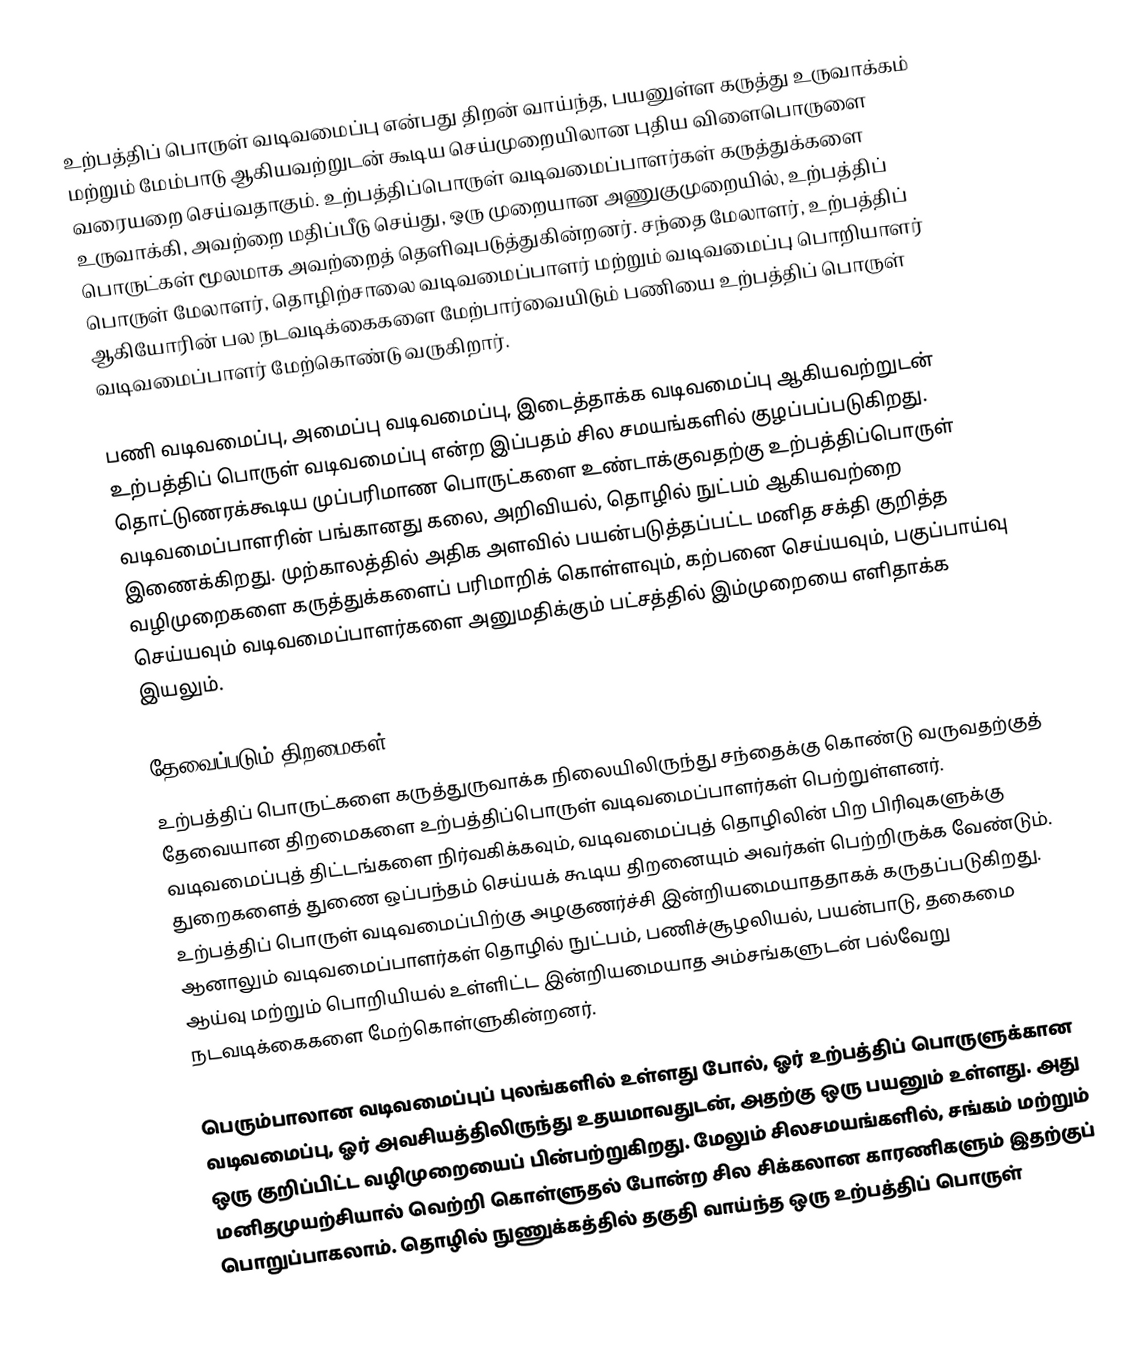
உற்பத்திப் பொருள் வடிவமைப்பு என்பது திறன் வாய்ந்த, பயனுள்ள கருத்து உருவாக்கம் மற்றும் மேம்பாடு ஆகியவற்றுடன் கூடிய செய்முறையிலான புதிய விளைபொருளை வரையறை செய்வதாகும். உற்பத்திப்பொருள் வடிவமைப்பாளர்கள் கருத்துக்களை உருவாக்கி, அவற்றை மதிப்பீடு செய்து, ஒரு முறையான அணுகுமுறையில், உற்பத்திப் பொருட்கள் மூலமாக அவற்றைத் தெளிவுபடுத்துகின்றனர். சந்தை மேலாளர், உற்பத்திப் பொருள் மேலாளர், தொழிற்சாலை வடிவமைப்பாளர் மற்றும் வடிவமைப்பு பொறியாளர் ஆகியோரின் பல நடவடிக்கைகளை மேற்பார்வையிடும் பணியை உற்பத்திப் பொருள் வடிவமைப்பாளர் மேற்கொண்டு வருகிறார்.

பணி வடிவமைப்பு, அமைப்பு வடிவமைப்பு, இடைத்தாக்க வடிவமைப்பு ஆகியவற்றுடன் உற்பத்திப் பொருள் வடிவமைப்பு என்ற இப்பதம் சில சமயங்களில் குழப்பப்படுகிறது. தொட்டுணரக்கூடிய முப்பரிமாண பொருட்களை உண்டாக்குவதற்கு உற்பத்திப்பொருள் வடிவமைப்பாளரின் பங்கானது கலை, அறிவியல், தொழில் நுட்பம் ஆகியவற்றை இணைக்கிறது. முற்காலத்தில் அதிக அளவில் பயன்படுத்தப்பட்ட மனித சக்தி குறித்த வழிமுறைகளை கருத்துக்களைப் பரிமாறிக் கொள்ளவும், கற்பனை செய்யவும், பகுப்பாய்வு செய்யவும் வடிவமைப்பாளர்களை அனுமதிக்கும் பட்சத்தில் இம்முறையை எளிதாக்க இயலும்.

தேவைப்படும் திறமைகள்
உற்பத்திப் பொருட்களை கருத்துருவாக்க நிலையிலிருந்து சந்தைக்கு கொண்டு வருவதற்குத் தேவையான திறமைகளை உற்பத்திப்பொருள் வடிவமைப்பாளர்கள் பெற்றுள்ளனர். வடிவமைப்புத் திட்டங்களை நிர்வகிக்கவும், வடிவமைப்புத் தொழிலின் பிற பிரிவுகளுக்கு துறைகளைத் துணை ஒப்பந்தம் செய்யக் கூடிய திறனையும் அவர்கள் பெற்றிருக்க வேண்டும். உற்பத்திப் பொருள் வடிவமைப்பிற்கு அழகுணர்ச்சி இன்றியமையாததாகக் கருதப்படுகிறது. ஆனாலும் வடிவமைப்பாளர்கள் தொழில் நுட்பம், பணிச்சூழலியல், பயன்பாடு, தகைமை ஆய்வு மற்றும் பொறியியல் உள்ளிட்ட இன்றியமையாத அம்சங்களுடன் பல்வேறு நடவடிக்கைகளை மேற்கொள்ளுகின்றனர்.

பெரும்பாலான வடிவமைப்புப் புலங்களில் உள்ளது போல், ஓர் உற்பத்திப் பொருளுக்கான வடிவமைப்பு, ஓர் அவசியத்திலிருந்து உதயமாவதுடன், அதற்கு ஒரு பயனும் உள்ளது. அது ஒரு குறிப்பிட்ட வழிமுறையைப் பின்பற்றுகிறது. மேலும் சிலசமயங்களில், சங்கம் மற்றும் மனிதமுயற்சியால் வெற்றி கொள்ளுதல் போன்ற சில சிக்கலான காரணிகளும் இதற்குப் பொறுப்பாகலாம். தொழில் நுணுக்கத்தில் தகுதி வாய்ந்த ஒரு உற்பத்திப் பொருள்